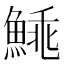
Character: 𩸼